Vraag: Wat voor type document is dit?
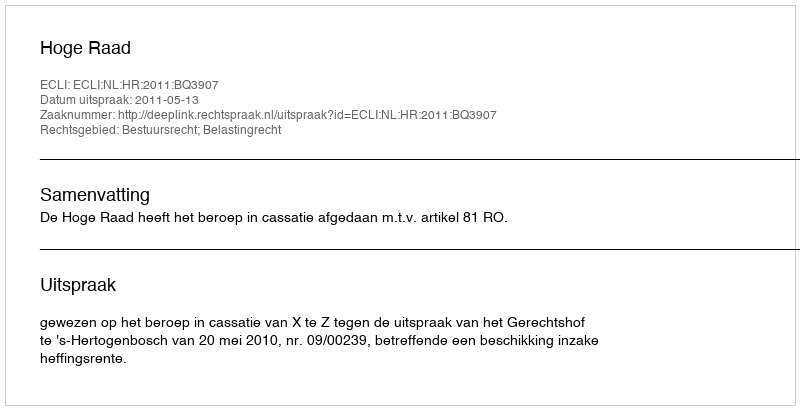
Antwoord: Uitspraak